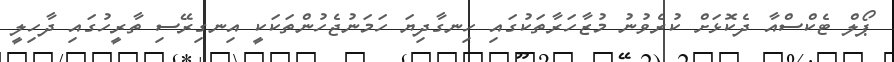
ޕޯލް ޓެކްސްއާ ދެކޮޅަށް ކުރެވުނު މުޒާހަރާތަކުގައި ހިނގާދިޔަ ހަމަނުޖެހުންތަކަކީ އިނގިރޭސި ތާރީހުގައި ދާހިލީ